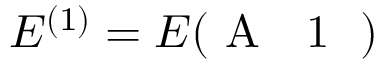
E ^ { ( 1 ) } = E ( \mathrm { ~ A ~ \textsubscript ~ { ~ 1 ~ } ~ } )